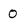
Character: 0